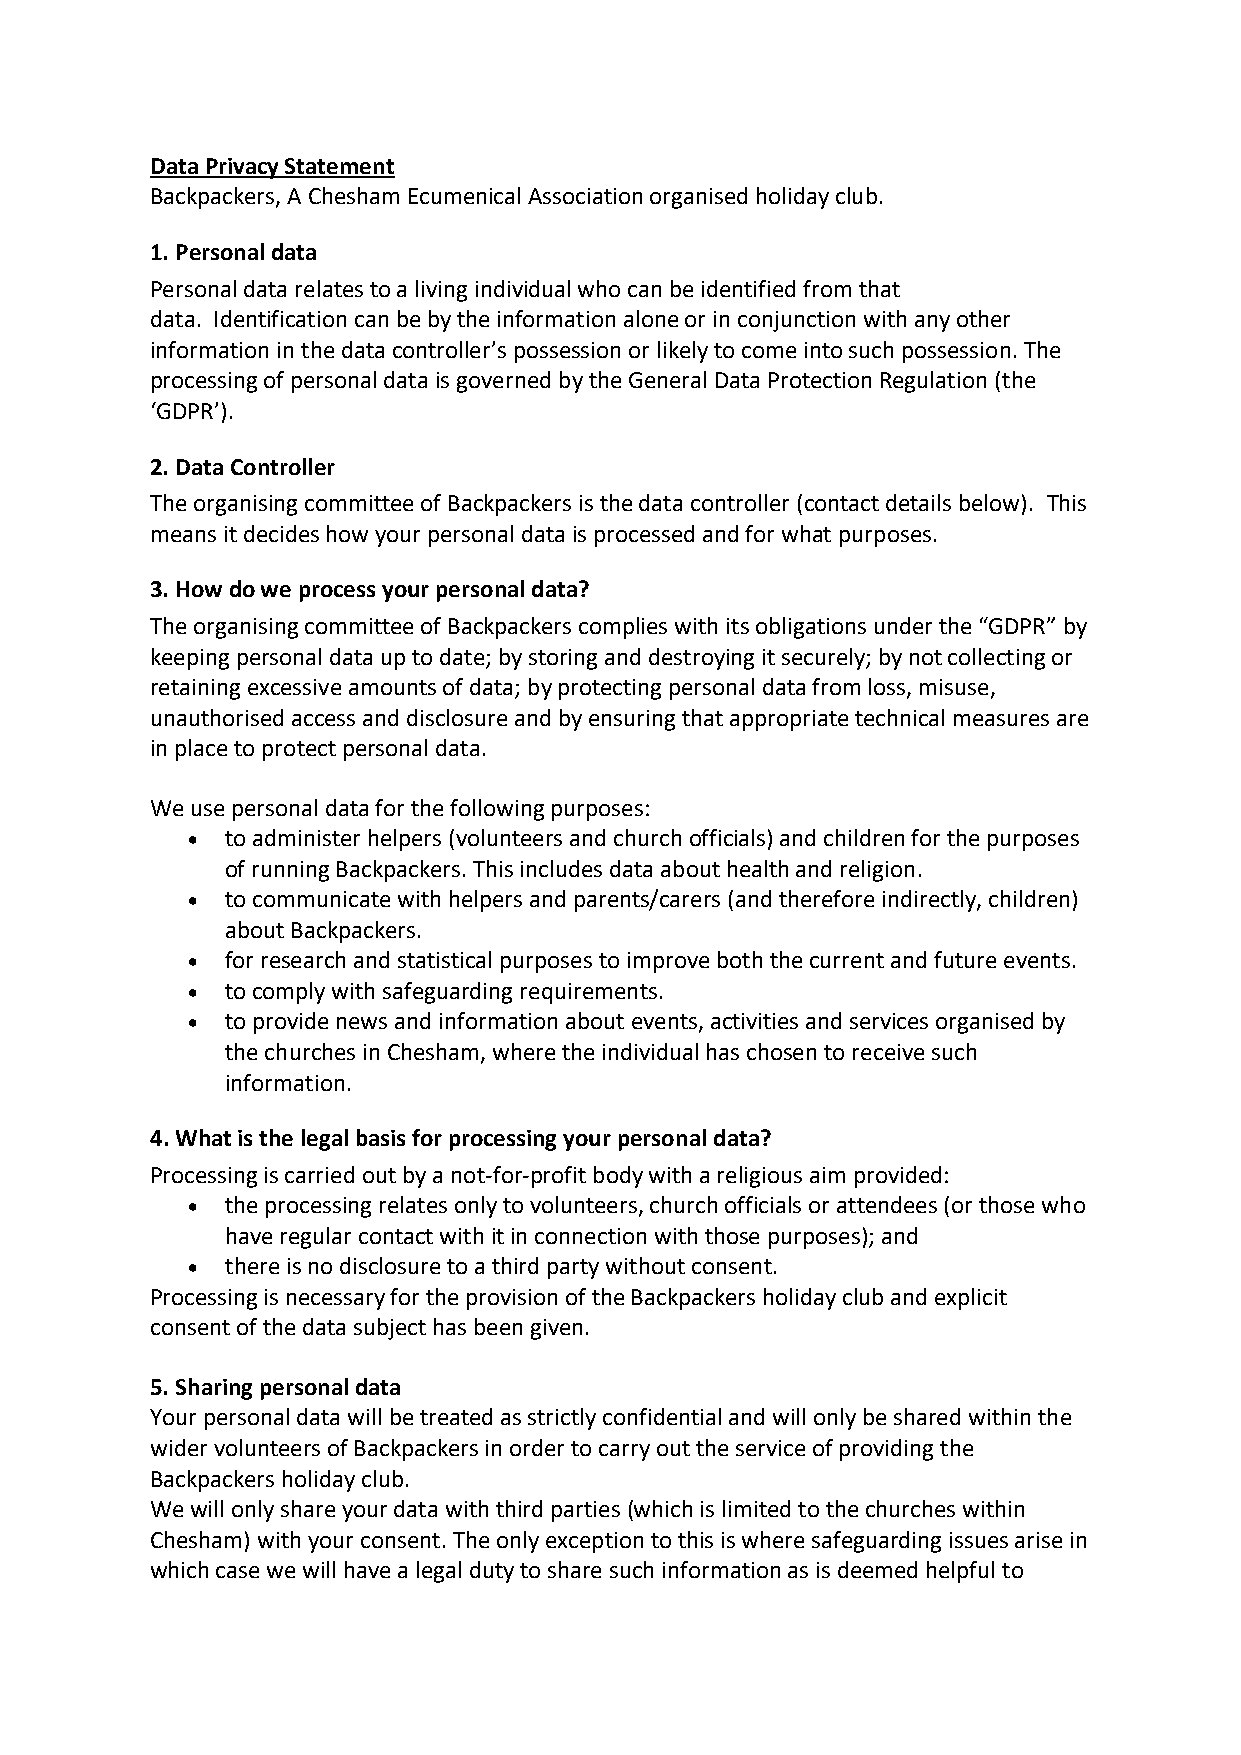
Data Privacy Statement
 Backpackers, A Chesham Ecumenical Association organised holiday club.
 1. Personal data
 Personal data relates to a living individual who can be identified from that
 data. Identification can be by the information alone or in conjunction with any other
 information in the data controller’s possession or likely to come into such possession. The
 processing of personal data is governed by the General Data Protection Regulation (the
 ‘GDPR’).
 2. Data Controller
 The organising committee of Backpackers is the data controller (contact details below). This
 means it decides how your personal data is processed and for what purposes.
 3. How do we process your personal data?
 The organising committee of Backpackers complies with its obligations under the “GDPR” by
 keeping personal data up to date; by storing and destroying it securely; by not collecting or
 retaining excessive amounts of data; by protecting personal data from loss, misuse,
 unauthorised access and disclosure and by ensuring that appropriate technical measures are
 in place to protect personal data.
 We use personal data for the following purposes:
   to administer helpers (volunteers and church officials) and children for the purposes
 of running Backpackers. This includes data about health and religion.
   to communicate with helpers and parents/carers (and therefore indirectly, children)
 about Backpackers.
   for research and statistical purposes to improve both the current and future events.
   to comply with safeguarding requirements.
   to provide news and information about events, activities and services organised by
 the churches in Chesham, where the individual has chosen to receive such
 information.
 4. What is the legal basis for processing your personal data?
 Processing is carried out by a not-for-profit body with a religious aim provided:
   the processing relates only to volunteers, church officials or attendees (or those who
 have regular contact with it in connection with those purposes); and
   there is no disclosure to a third party without consent.
 Processing is necessary for the provision of the Backpackers holiday club and explicit
 consent of the data subject has been given.
 5. Sharing personal data
 Your personal data will be treated as strictly confidential and will only be shared within the
 wider volunteers of Backpackers in order to carry out the service of providing the
 Backpackers holiday club.
 We will only share your data with third parties (which is limited to the churches within
 Chesham) with your consent. The only exception to this is where safeguarding issues arise in
 which case we will have a legal duty to share such information as is deemed helpful to